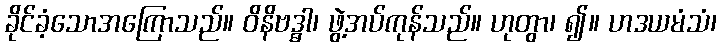
ခိုင်ခံ့သောအကြောသည်။ ဝိနိဗဒ္ဓါ၊ ဖွဲ့အပ်ကုန်သည်။ ဟုတွာ၊ ၍။ ဟဒယမံသံ၊